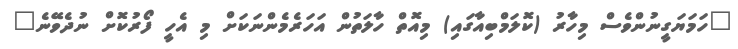
"ހަމަޔަގީނުންވެސް މިހާރު (ކޮލަމްބިއާގައި) މިއޮތް ހާލަތުން އަހަރެމެންނަކަށް މި އެހީ ފޯރުކޮށް ނުދެވޭނެ"